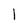
Character: l